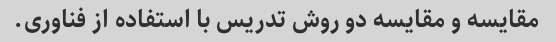
مقایسه و مقایسه دو روش تدریس با استفاده از فناوری.